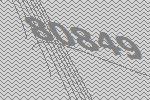
80849